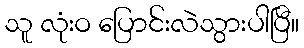
သူ လုံးဝ ပြောင်းလဲသွားပါပြီ။